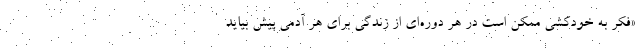
«فکر به خودکشی ممکن است در هر دوره‌ای از زندگی برای هر آدمی پیش بیاید